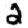
Digit: 2